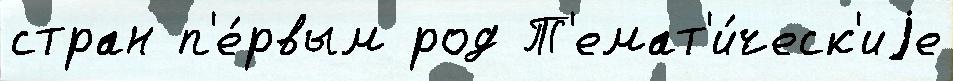
стран п'е́рвым род Т'емат'и́ческ'иjе